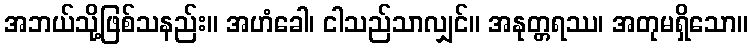
အဘယ်သို့ဖြစ်သနည်း။ အဟံခေါ၊ ငါသည်သာလျှင်။ အနုတ္တရဿ၊ အတုမရှိသော။